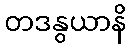
တဒနွယာနိ